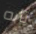
تأبه